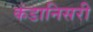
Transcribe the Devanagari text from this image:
कंडानिसरी